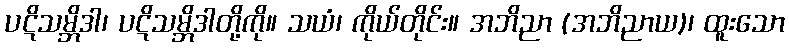
ပဋိသမ္ဘိဒါ၊ ပဋိသမ္ဘိဒါတို့ကို။ သယံ၊ ကိုယ်တိုင်း။ အဘိညာ (အဘိညာယ)၊ ထူးသော